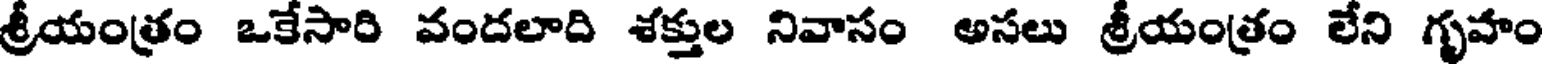
శ్రీయంత్రం ఒకేసారి వందలాది శక్తుల నివాసం అసలు శ్రీయంత్రం లేని గృహం